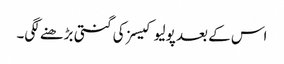
اس کے بعد پولیو کیسز کی گنتی بڑھنے لگی۔